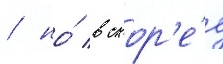
/ но́ в скор'е́е